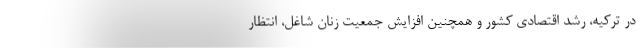
در ترکیه، رشد اقتصادی کشور و همچنین افزایش جمعیت زنان شاغل، انتظار